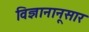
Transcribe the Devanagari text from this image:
विज्ञानानूसार